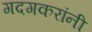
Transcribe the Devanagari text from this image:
गदगकरांनी